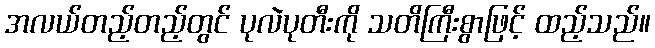
အလယ်တည့်တည့်တွင် ပုလဲပုတီးကို သတိကြီးစွာဖြင့် ထည့်သည်။